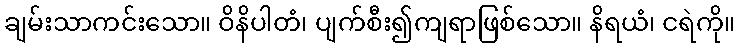
ချမ်းသာကင်းသော။ ဝိနိပါတံ၊ ပျက်စီး၍ကျရာဖြစ်သော။ နိရယံ၊ ငရဲကို။